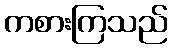
ကစားကြသည်